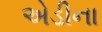
એડીના